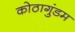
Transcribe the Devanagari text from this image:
कोठागुंडम